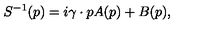
S ^ { - 1 } ( p ) = i \gamma \cdot p A ( p ) + B ( p ) ,